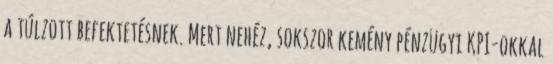
a túlzott befektetésnek. Mert nehéz, sokszor kemény pénzügyi KPI-okkal